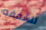
للشفقه